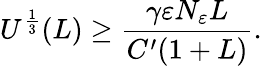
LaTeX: U^{\frac{1}{3}}(L)\geq\frac{\gamma\varepsilon N_{\varepsilon}L}{C^{\prime}(1+L)}.